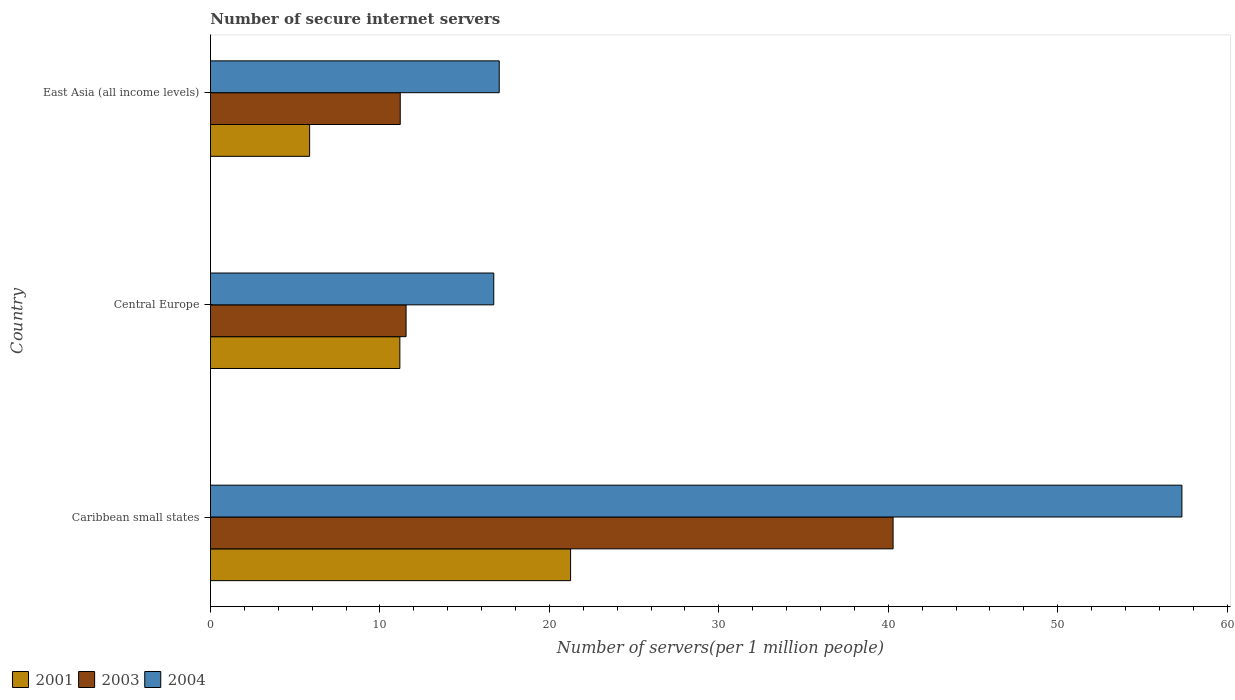
| Country | 2001 | 2003 | 2004 |
 | --- | --- | --- | --- |
 | Caribbean small states | 21.3 | 40.3 | 57.3 |
 | Central Europe | 11.2 | 11.5 | 16.7 |
 | East Asia (all income levels) | 5.85 | 11.2 | 17 |